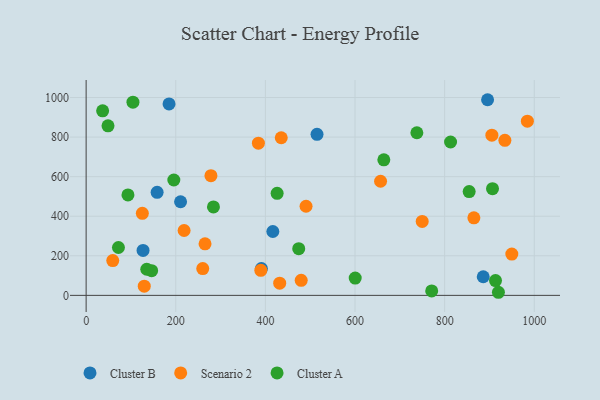
{"axis": {"x": "Speed", "y": "Demand"}, "legend": ["Cluster A", "Cluster B", "Scenario 2"], "data": [{"x": "895.8", "y": 988.9, "type": "Cluster B"}, {"x": "210.7", "y": 473.3, "type": "Cluster B"}, {"x": "127.0", "y": 227.2, "type": "Cluster B"}, {"x": "158.4", "y": 520.6, "type": "Cluster B"}, {"x": "515.2", "y": 813.8, "type": "Cluster B"}, {"x": "416.6", "y": 322.7, "type": "Cluster B"}, {"x": "886.1", "y": 94.2, "type": "Cluster B"}, {"x": "391.1", "y": 135.6, "type": "Cluster B"}, {"x": "185.0", "y": 967.7, "type": "Cluster B"}, {"x": "129.7", "y": 46.2, "type": "Scenario 2"}, {"x": "657.0", "y": 576.9, "type": "Scenario 2"}, {"x": "749.9", "y": 373.9, "type": "Scenario 2"}, {"x": "218.6", "y": 327.9, "type": "Scenario 2"}, {"x": "389.8", "y": 126.8, "type": "Scenario 2"}, {"x": "59.4", "y": 175.7, "type": "Scenario 2"}, {"x": "435.4", "y": 796.6, "type": "Scenario 2"}, {"x": "384.4", "y": 769.1, "type": "Scenario 2"}, {"x": "984.6", "y": 880.3, "type": "Scenario 2"}, {"x": "934.4", "y": 783.7, "type": "Scenario 2"}, {"x": "265.3", "y": 260.5, "type": "Scenario 2"}, {"x": "949.9", "y": 208.7, "type": "Scenario 2"}, {"x": "125.4", "y": 414.6, "type": "Scenario 2"}, {"x": "260.2", "y": 135.5, "type": "Scenario 2"}, {"x": "905.4", "y": 809.9, "type": "Scenario 2"}, {"x": "431.9", "y": 61.8, "type": "Scenario 2"}, {"x": "865.2", "y": 392.1, "type": "Scenario 2"}, {"x": "490.7", "y": 450.5, "type": "Scenario 2"}, {"x": "479.9", "y": 76.2, "type": "Scenario 2"}, {"x": "278.5", "y": 604.9, "type": "Scenario 2"}, {"x": "284.1", "y": 447.0, "type": "Cluster A"}, {"x": "72.1", "y": 241.9, "type": "Cluster A"}, {"x": "600.4", "y": 87.5, "type": "Cluster A"}, {"x": "146.2", "y": 124.7, "type": "Cluster A"}, {"x": "664.3", "y": 684.9, "type": "Cluster A"}, {"x": "104.5", "y": 976.3, "type": "Cluster A"}, {"x": "771.1", "y": 22.4, "type": "Cluster A"}, {"x": "93.3", "y": 507.5, "type": "Cluster A"}, {"x": "135.3", "y": 132.0, "type": "Cluster A"}, {"x": "426.2", "y": 515.9, "type": "Cluster A"}, {"x": "195.7", "y": 583.1, "type": "Cluster A"}, {"x": "854.7", "y": 524.8, "type": "Cluster A"}, {"x": "48.8", "y": 857.1, "type": "Cluster A"}, {"x": "813.2", "y": 775.1, "type": "Cluster A"}, {"x": "906.8", "y": 539.5, "type": "Cluster A"}, {"x": "738.0", "y": 822.0, "type": "Cluster A"}, {"x": "913.5", "y": 74.7, "type": "Cluster A"}, {"x": "920.0", "y": 15.6, "type": "Cluster A"}, {"x": "36.8", "y": 932.8, "type": "Cluster A"}, {"x": "474.4", "y": 235.9, "type": "Cluster A"}]}